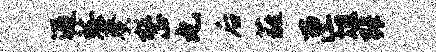
迎愁葵整丸后蕤匣俎张